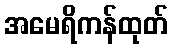
အမေရိကန်ထုတ်